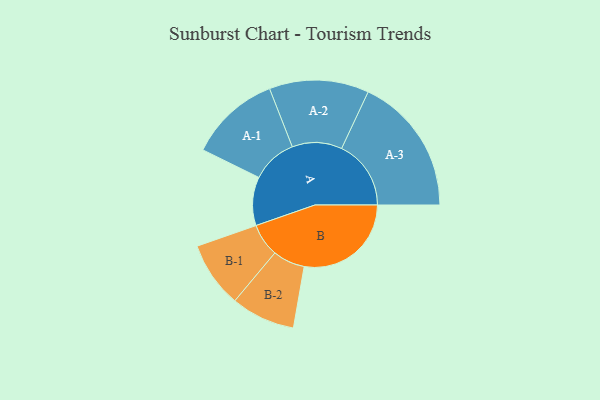
{"axis": {"x": "Segment", "y": "Value"}, "legend": ["", "A", "B"], "data": [{"x": "A", "y": 203, "type": ""}, {"x": "B", "y": 447, "type": ""}, {"x": "A-1", "y": 190, "type": "A"}, {"x": "A-2", "y": 208, "type": "A"}, {"x": "A-3", "y": 290, "type": "A"}, {"x": "B-1", "y": 138, "type": "B"}, {"x": "B-2", "y": 134, "type": "B"}]}